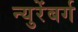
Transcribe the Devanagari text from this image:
न्युरेंबर्ग